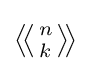
{\textstyle \left\langle \!\left\langle {n \atop k}\right\rangle \!\right\rangle }